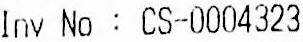
INV NO : CS-0004323